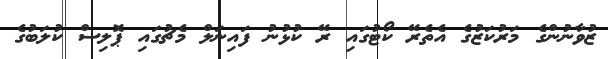
ޒުވާނުންގެ މަރުކަޒުގެ އެތެރޭ ކޯޓުގައި ރޭ ކުޅުނު ފައިނަލް މެޗުގައި ޕޮލިސް ކުލަބުގެ